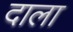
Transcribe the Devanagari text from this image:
दाला